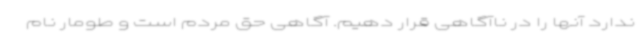
ندارد آنها را در ناآگاهی قرار دهیم. آگاهی حق مردم است و طومار نام